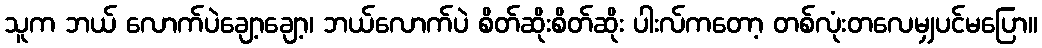
သူက ဘယ် လောက်ပဲချော့ချော့၊ ဘယ်လောက်ပဲ စိတ်ဆိုးစိတ်ဆိုး ပါးလ်ကတော့ တစ်လုံးတလေမျှပင်မပြော။